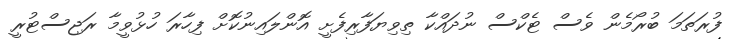
ފުރަތަމަ ބުރޯމެން ވެސް ޓެކްސް ނުދައްކާ ތިވިޔަފާރިފެށީ އޮންލައިނުކޮށް ފިހާރަ ހުޅުވީމާ ރަޖިސްޓުރީ